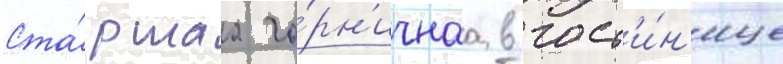
Ста́ршаа го́рн'ичнаа в гост'и́н'ице